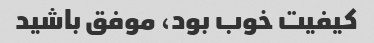
کیفیت خوب بود، موفق باشید